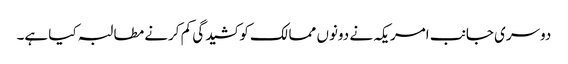
دوسری جانب امریکہ نے دونوں ممالک کو کشیدگی کم کرنے مطالبہ کیا ہے۔